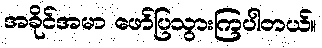
အခိုင်အမာ ဖော်ပြသွားကြပါတယ်။